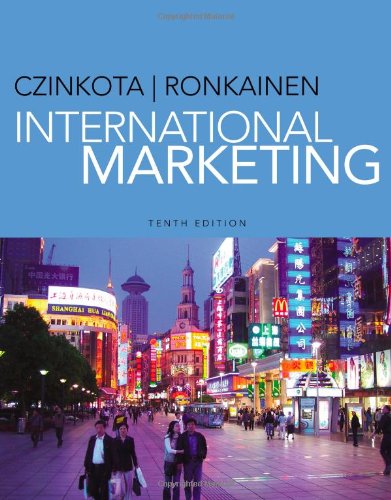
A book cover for International Marketing; Michael R. Czinkota; Business & Money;